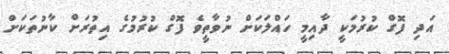
އަދި ފޮގް ކުރުމަކީ ދާއިމީ ހައްލަކަށް ނުވާތީވެ ފޮގް ކުރުމުގެ އިތުރަށް ކާނުތަކަށް